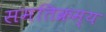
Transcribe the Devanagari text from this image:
समतिक्रम्य